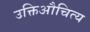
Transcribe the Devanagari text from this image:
उक्तिऔचित्य